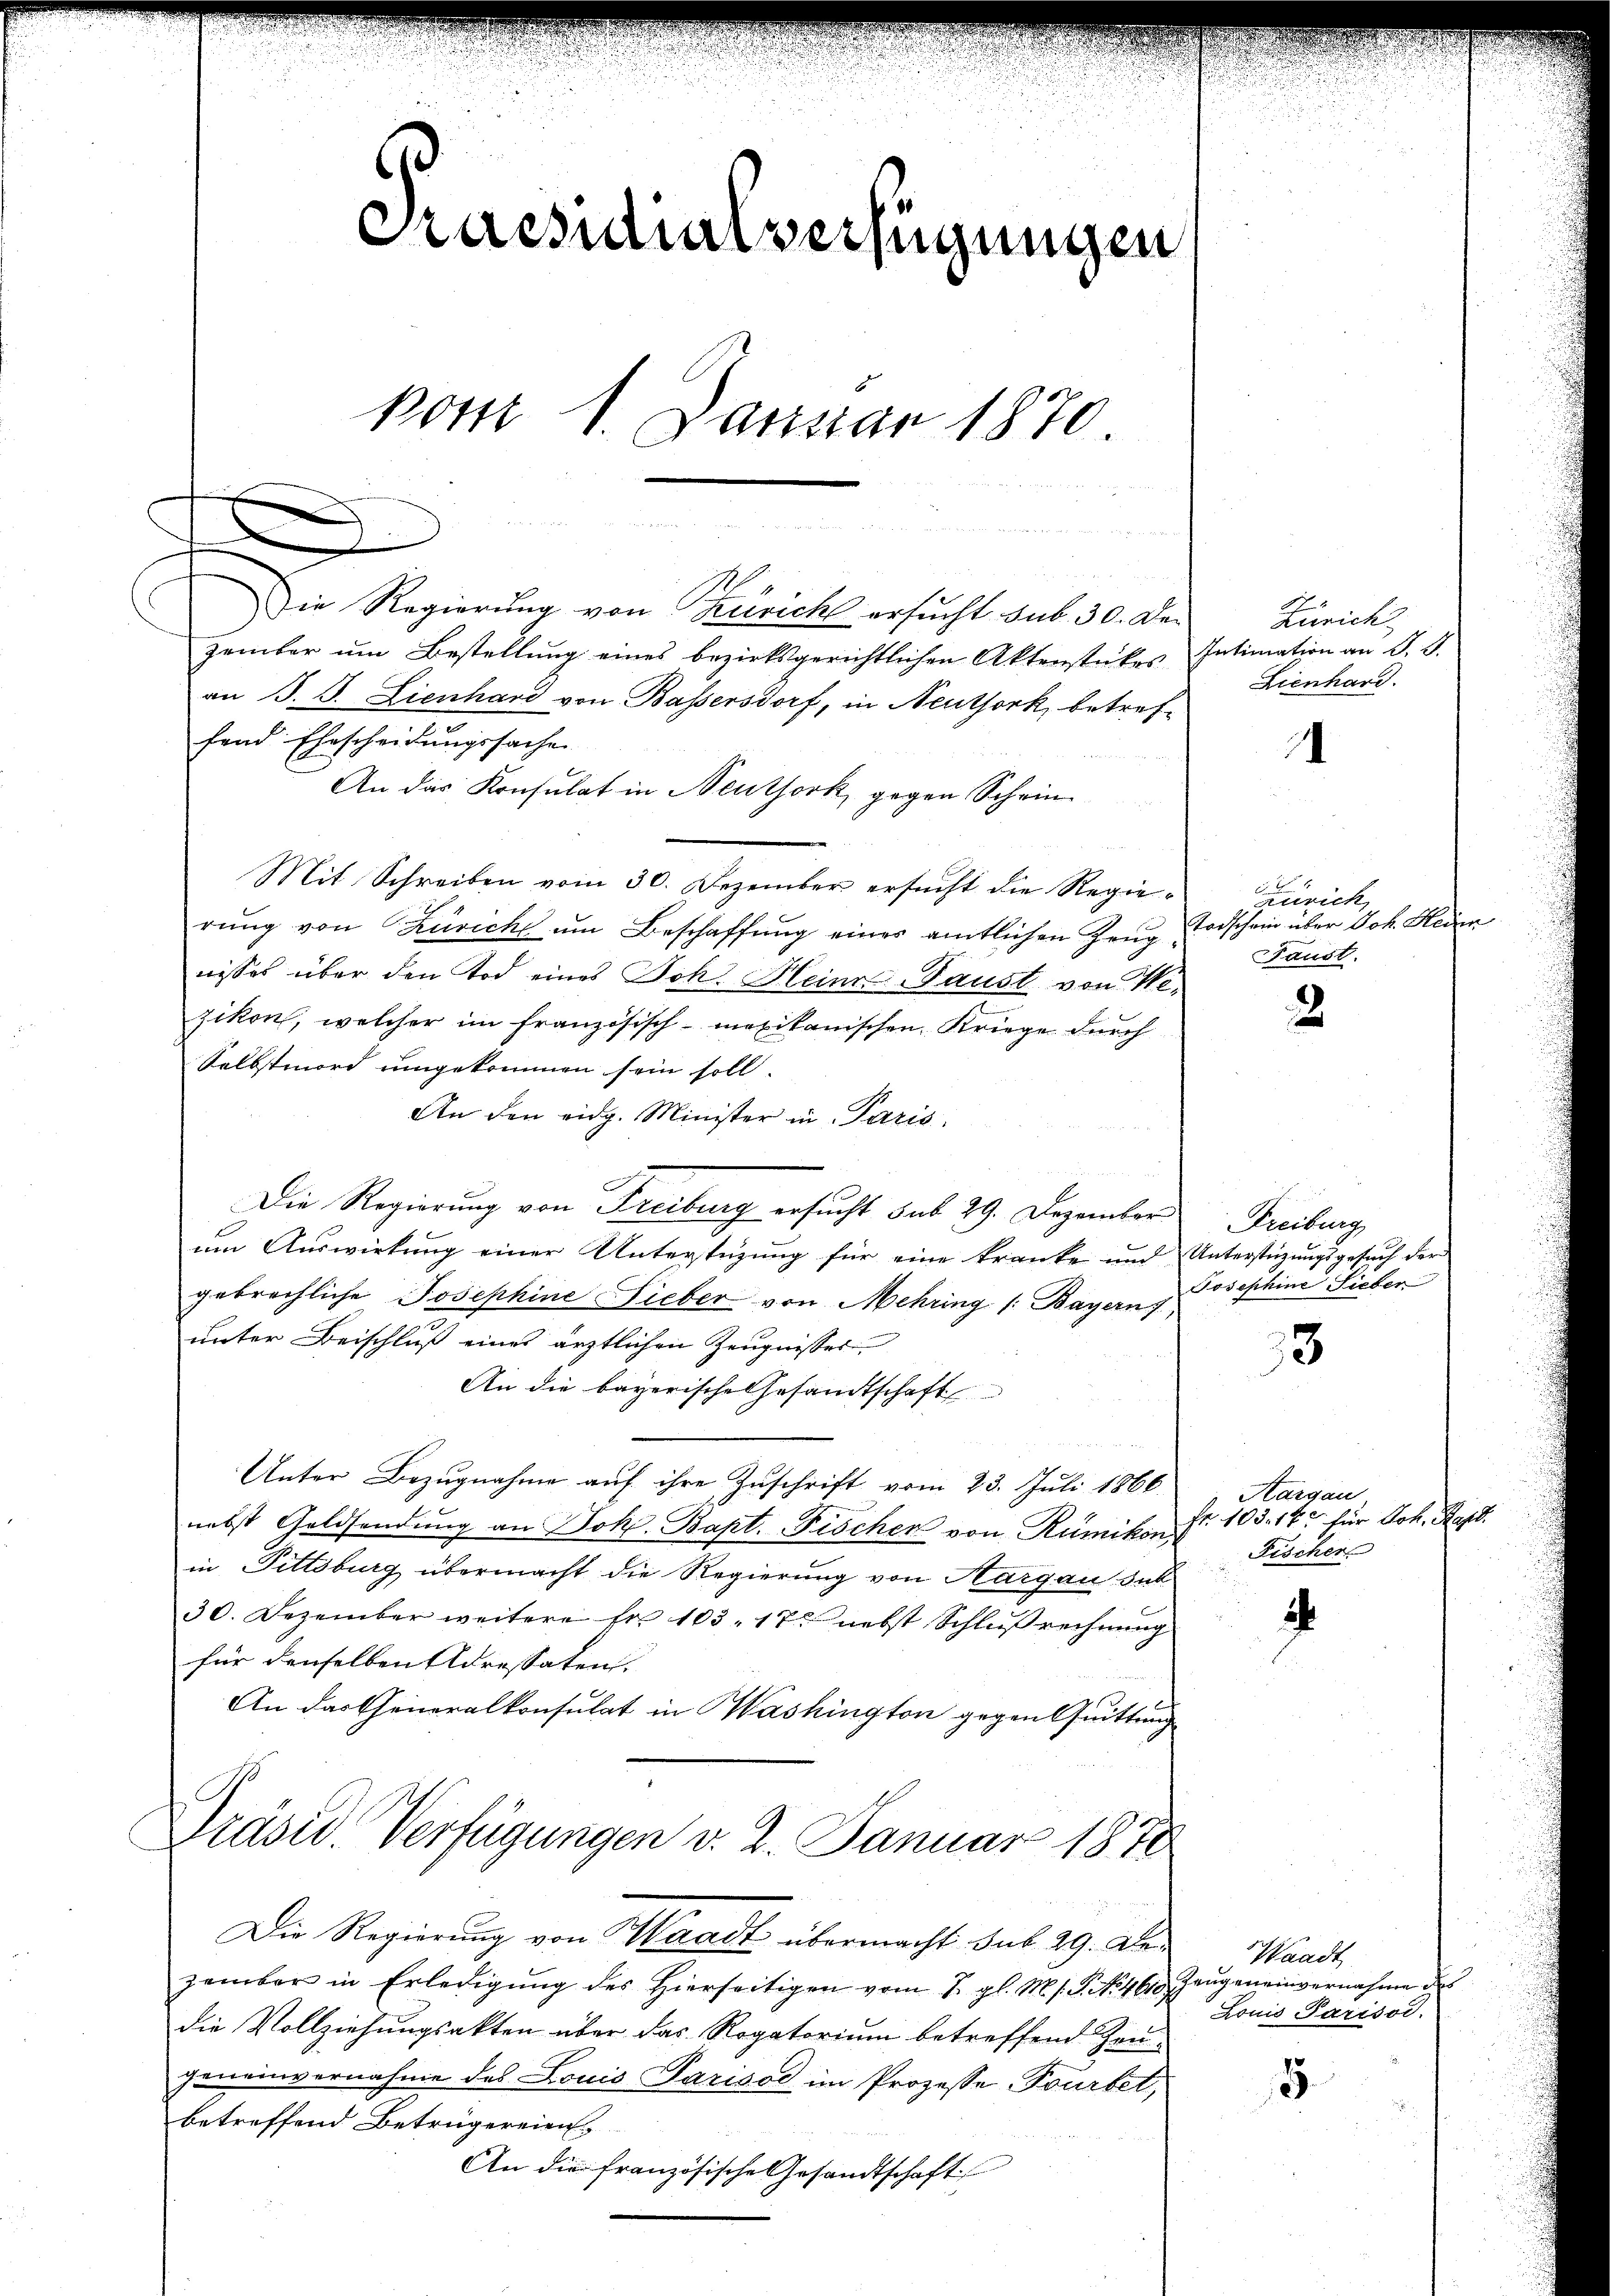
Die Regierung von Terricht ersucht sub 30. De¬
Zember ŭm Bestellŭng eines bezirksgerichtlichen Aktenstückes Intimation an J. J.
an J. J. Lienhard von Bassersdorf, in Neuthork, betreffend Ehescheidungssache
An das Konsulat in Neuthork, gegen Schein¬
Mit Schreiben vom 30. Dezember ersucht die Regierŭng von Zürich um Beschaffung eines amtlichen Zeugnisses über den Tod eines Joh. Heine Baust von Wi-
zikon, welcher im französisch-mexikanischen Kriege durch
Selbstmord umgekommen sein soll.
An den eidg. Minister in Paris,
Die Regierung von Freiburg ersucht sub 29. Dezember Freiburg
um Auswirkung einer Unterstüzung für eine kranke und Unterstüzungsgesuch der
gebrechliche Josephine Lieber von Mehring (: Bayern,
unter Beischluß eines ärztlichen Zeugnisses
An die bayerische Gesandtschaft
Unter Bezugnahme auf ihre Zuschrift vom 23. Juli 1866.
Kargau
Fr. 103. 14. für Joh. Rand.
nebst Geldsendung an Joh. Bapt. Fischer von Rümikon
Fischer
in Pittsburg übermacht die Regierung von Aargau sub
30. Dezember weitere fr. 103. 17. nebst Schlußrechnung
h
für denselben Adressaten.
An dartheineralkonsulat in Washington gegen Quittung
Präsid. Verfügungen v. 2. Januar 1878
Die Regierŭng von Waadt übermacht sub 29. Den Waadt
zember in Erledigŭng des hierseitigen vom 1. gl. Ms. S. No 460. Zeŭgen einvernahme
Louis Parisod.
die Vollziehungsakten über das Rogatorium betreffend Zeugeneinvernahme des Louis Parisod im Prozesse. Tourbet,
5
betreffend Betrügereien
An die französische Gesandtschaft

Praesidialverfügungen
Post 1. Januar 1870

Zürich
Lienhard.

2
Zürich
Torschein über Joh. Heuen
Faust.

.

2

Josephine Lieber

3